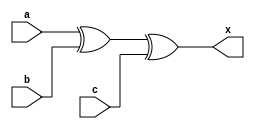
module xor3(input a ,input b,input c,output x);
   assign x=a^b^c;
endmodule